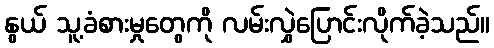
နွယ် သူ့ခံစားမှုတွေကို လမ်းလွှဲပြောင်းလိုက်ခဲ့သည်။